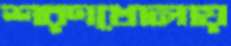
শরণখোলায়